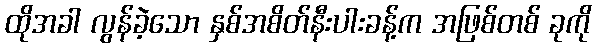
ထိုအခါ လွန်ခဲ့သော နှစ်အစိတ်နီးပါးခန့်က အဖြစ်တစ် ခုကို